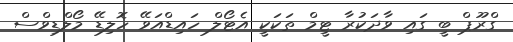
ގްރޫޕް ބީ ގައި ވާދަކުރާ ޓީމް ތަކަކީ އެޓޯލް ހައިޑްއަވޭ ހޮލިޑޭ މޯލްޑިވްސް